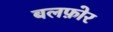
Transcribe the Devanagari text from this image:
बलफ़ोर